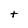
Character: t